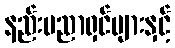
နည်းပညာရှင်များနှင့်